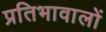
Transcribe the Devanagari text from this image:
प्रतिभावालों